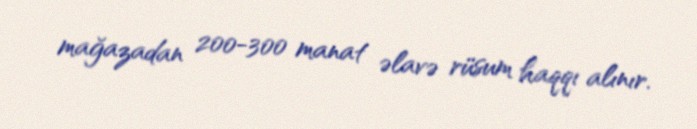
mağazadan 200-300 manat əlavə rüsum haqqı alınır.